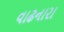
વાઢનારા